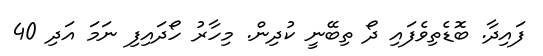
ފައިދާ. ބޮޑެތިވެފައި ދޯ ތިބޭނީ ކުދިން. މިހާރު ހޯދައިފި ނަމަ އަދި 40